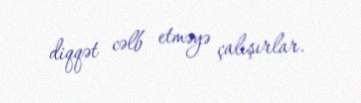
diqqət cəlb etməyə çalışırlar.